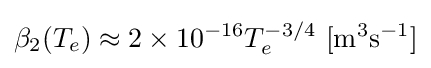
\beta _{2}(T_{e})\approx 2\times 10^{-16}T_{e}^{-3/4}\ \mathrm {[m^{3}s^{-1}]}